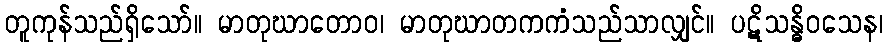
တူကုန်သည်ရှိသော်။ မာတုဃာတောဝ၊ မာတုဃာတကကံသည်သာလျှင်။ ပဋိသန္ဓိဝသေန၊